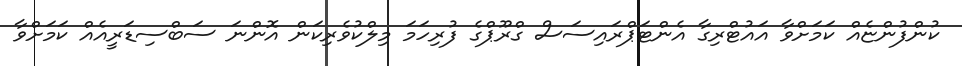
ކުންފުންޏެއް ކަމަށްވާ އައުޓްރިގާ އެންޓަޕްރައިސަސް ގްރޫޕްގެ ފުރިހަމަ މިލްކުވެރިކަން އޮންނަ ސަބްސިޑަރީއެއް ކަމަށްވާ